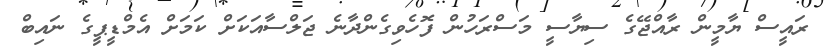
ރައީސް ޔާމީން ރާއްޖޭގެ ސިޔާސީ މަސްރަހުން ފޮހެވިގެންދާނެ ޖަލްސާއަކަށް ކަމަށް އެމްޑީޕީގެ ނައިބް